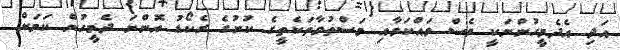
އަދި އެދެމީހުންނަކީ ވެސް ވައްކަމާއި މަސްތުވާތަކެތީގެ ކުށުގެ ރެކޯޑު އޮންނަ ދެމީހުން ކަމަށް